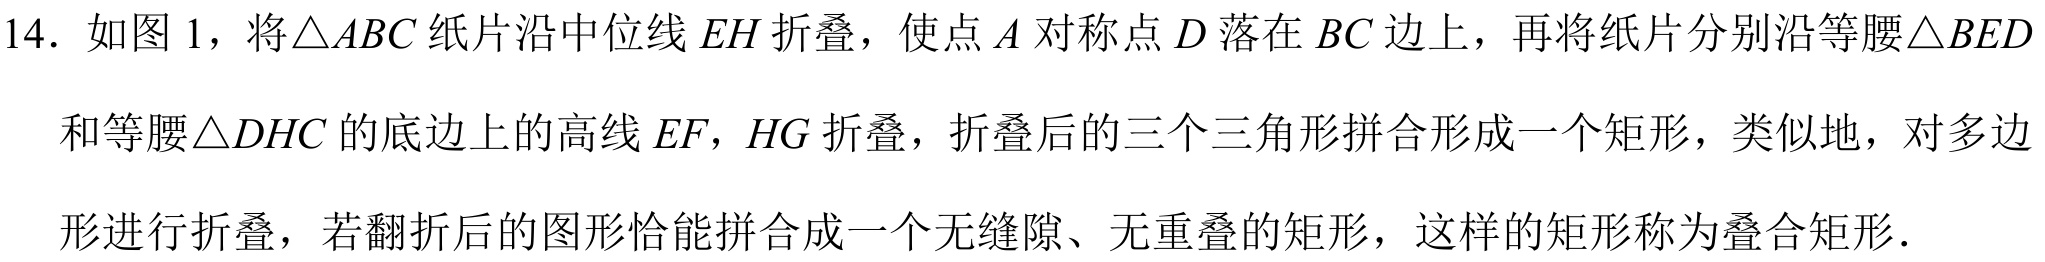
14. 如图 1，将\(\triangle ABC\)纸片沿中位线\(EH\)折叠，使点\(A\)对称点\(D\)落在 \(BC\)边上，再将纸片分别沿等腰\(\triangle BED\)
和等腰\(\triangle DHC\)的底边上的高线\(EF\)，\(HG\)折叠，折叠后的三个三角形拼合形成一个矩形，类似地，对多边形进行折叠，若翻折后的图形恰能拼合成一个无缝隙、无重叠的矩形，这样的矩形称为叠合矩形.